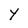
Character: Y